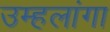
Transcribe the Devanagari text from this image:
उम्हलांगा